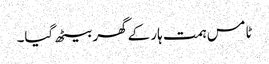
ٹامس ہمت ہار کے گھر بیٹھ گیا۔